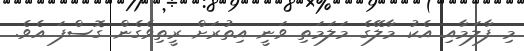
މި ފާލަމާއި އެކު މާލޭގެ މަލަމަތި ވަނީ އިތުރަށް ރީތިވެގެން ގޮސްފަ އެވެ.